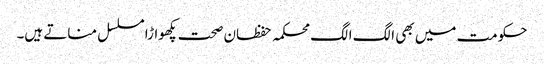
حکومت میں بھی الگ الگ محکمہ حفظان صحت پکھواڑا مسلسل مناتے ہیں۔